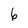
Character: 6